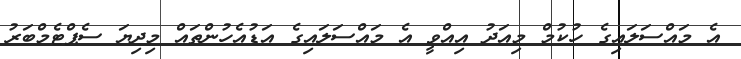
އެ މައްސަލައިގެ ހުކުމް މިއަދު އިއްވީ އެ މައްސަލައިގެ އަޑުއެހުންތައް މިދިޔަ ސެޕްޓެމްބަރު